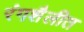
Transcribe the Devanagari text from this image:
रंगशैलीत